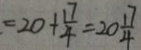
= 2 0 + \frac { 1 7 } { 4 } = 2 0 \frac { 1 7 } { 4 }